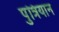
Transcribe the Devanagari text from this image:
पुत्रियान